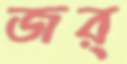
জর্